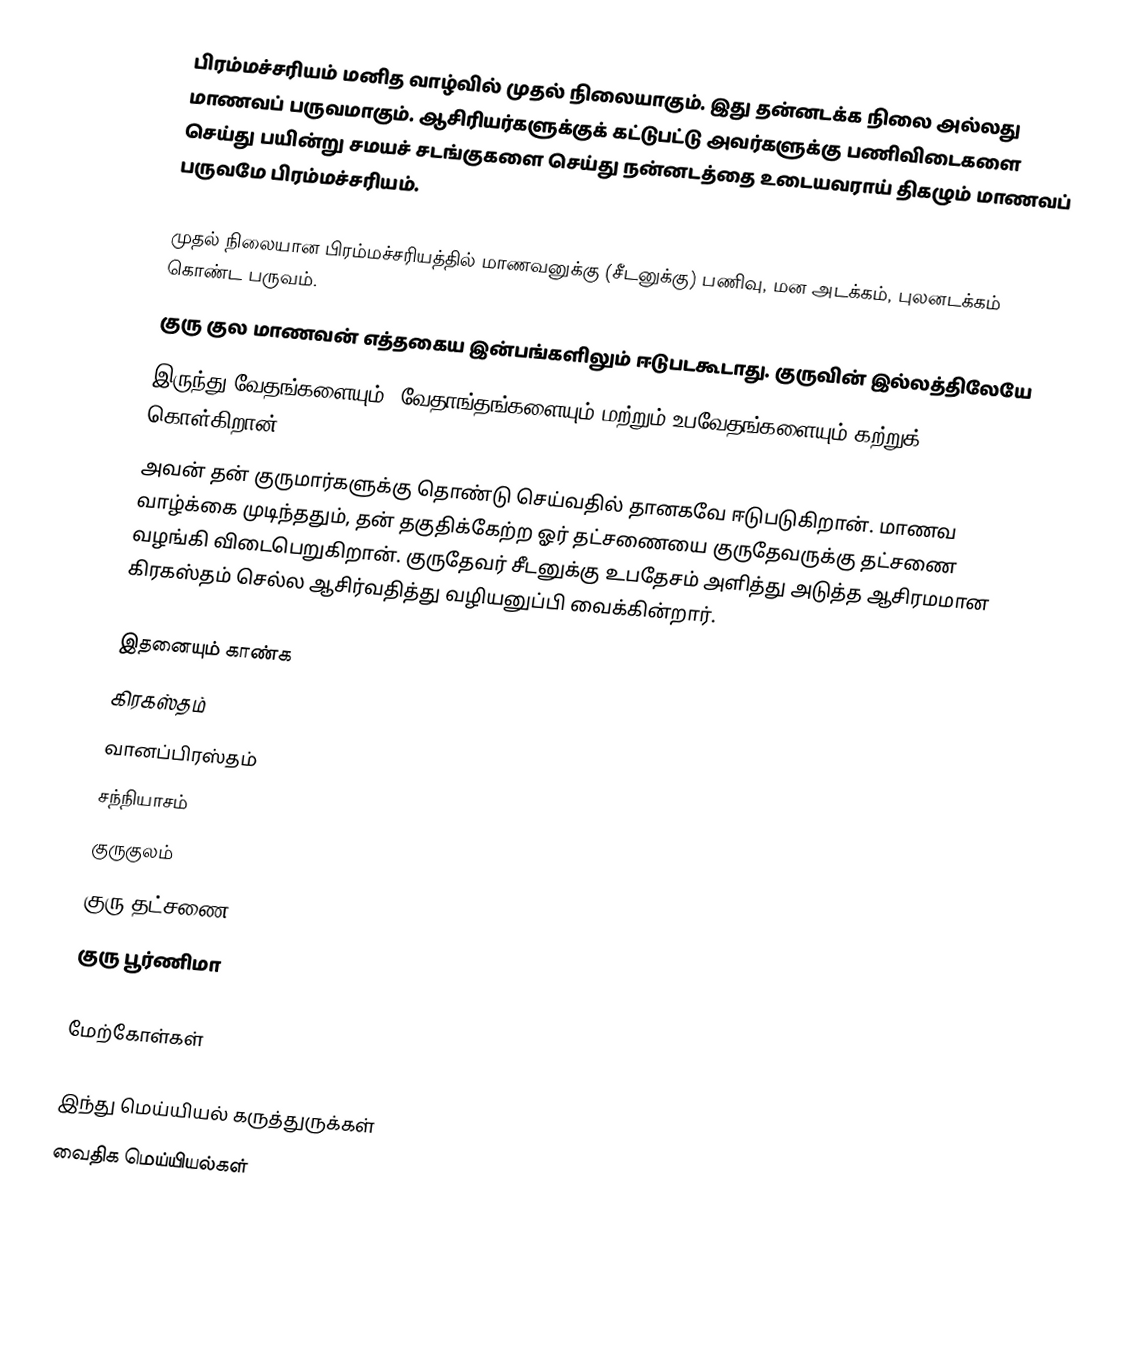
பிரம்மச்சரியம் மனித வாழ்வில் முதல் நிலையாகும். இது தன்னடக்க நிலை அல்லது மாணவப் பருவமாகும். ஆசிரியர்களுக்குக் கட்டுபட்டு அவர்களுக்கு பணிவிடைகளை செய்து பயின்று சமயச் சடங்குகளை செய்து நன்னடத்தை உடையவராய் திகழும் மாணவப் பருவமே பிரம்மச்சரியம்.

முதல் நிலையான பிரம்மச்சரியத்தில் மாணவனுக்கு (சீடனுக்கு) பணிவு, மன அடக்கம், புலனடக்கம் கொண்ட பருவம்.
குரு குல மாணவன் எத்தகைய இன்பங்களிலும் ஈடுபடகூடாது. குருவின் இல்லத்திலேயே
இருந்து வேதங்களையும், வேதாங்தங்களையும் மற்றும் உபவேதங்களையும்  கற்றுக் கொள்கிறான்.
அவன் தன் குருமார்களுக்கு தொண்டு செய்வதில் தானகவே ஈடுபடுகிறான். மாணவ வாழ்க்கை முடிந்ததும், தன் தகுதிக்கேற்ற ஓர் தட்சணையை குருதேவருக்கு தட்சணை வழங்கி விடைபெறுகிறான். குருதேவர் சீடனுக்கு உபதேசம் அளித்து அடுத்த ஆசிரமமான கிரகஸ்தம் செல்ல  ஆசிர்வதித்து வழியனுப்பி வைக்கின்றார்.

இதனையும் காண்க
 கிரகஸ்தம்
 வானப்பிரஸ்தம்
 சந்நியாசம்
 குருகுலம்
 குரு தட்சணை
 குரு பூர்ணிமா

மேற்கோள்கள்

இந்து மெய்யியல் கருத்துருக்கள்
வைதிக மெய்யியல்கள்